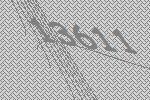
13611